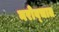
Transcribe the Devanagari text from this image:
नरोव्चात